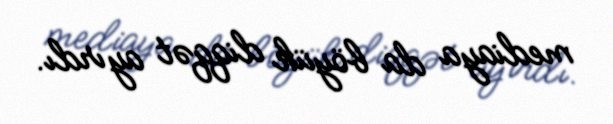
mediaya da böyük diqqət ayırdı.